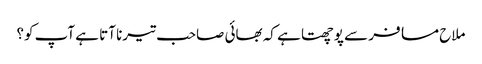
ملاح مسافر سے پوچھتا ہے کہ بھائی صاحب تیرنا آتا ہے آپ کو؟